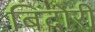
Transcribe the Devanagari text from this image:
बिंदोरी